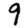
Digit: 9